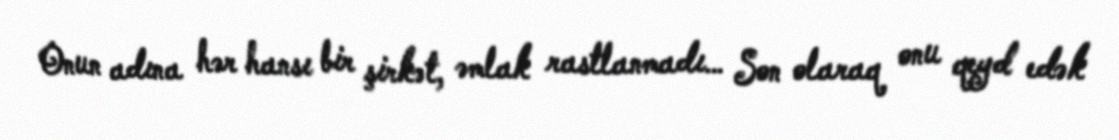
Onun adına hər hansı bir şirkət, əmlak rastlanmadı… Son olaraq onu qeyd edək